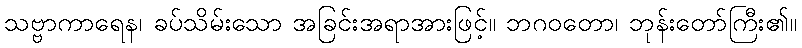
သဗ္ဗာကာရေန၊ ခပ်သိမ်းသော အခြင်းအရာအားဖြင့်။ ဘဂဝတော၊ ဘုန်းတော်ကြီး၏။